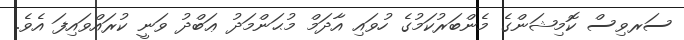
ސަރވިސް ކޮމިޝަންގެ މެންބަރުކަމުގެ ހުވައި އާދަމް މުޙަންމަދު ޢަބްދު ވަނީ ކުރައްވައިފަ އެވެ.